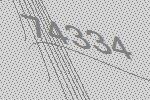
74334